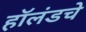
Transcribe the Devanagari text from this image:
हॉलंडचे